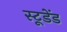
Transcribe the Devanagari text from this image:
स्टूडेंड